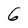
Character: 6